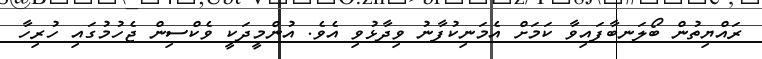
ރައްޔިތުން ބޯލަނބާފައިވާ ކަމަށް އެމަނިކުފާނު ވިދާޅުވި އެެވެ. އުންމީދަކީ ވެކްސިން ޖެހުމުގައި ހުރިހާ